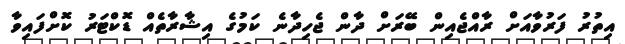
އިތުރު ފަރުވާއަށް ރާއްޖެއިން ބޭރަށް ދާން ޖެހިދާނެ ކަމުގެ އިޝާރާތެއް ޑޮކްޓަރު ކޮށްފައިވާ